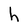
Character: h